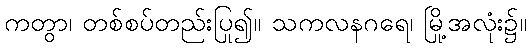
ကတွာ၊ တစ်စပ်တည်းပြု၍။ သကလနဂရေ၊ မြို့အလုံး၌။